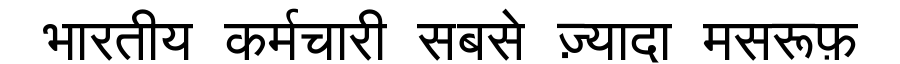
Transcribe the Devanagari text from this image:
भारतीय कर्मचारी सबसे ज़्यादा मसरूफ़